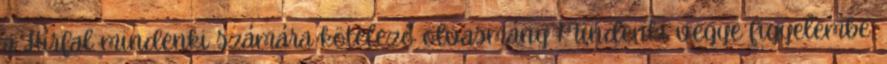
a Hírfal mindenki számára kötelező olvasmány Mindenki vegye figyelembe,